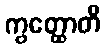
ကွတ္ထောတိ